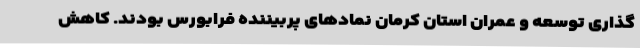
گذاری توسعه و عمران استان کرمان نمادهای پربیننده فرابورس بودند. کاهش